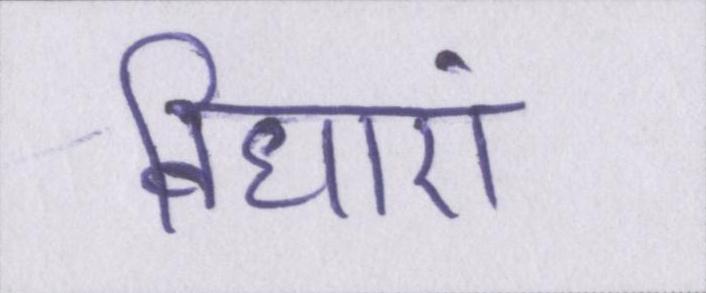
विधाएं